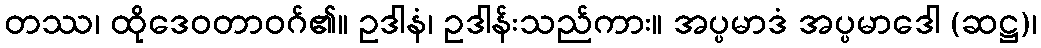
တဿ၊ ထိုဒေဝတာဝဂ်၏။ ဥဒါနံ၊ ဥဒါန်းသည်ကား။ အပ္ပမာဒံ အပ္ပမာဒေါ (ဆဋ္ဌ)၊